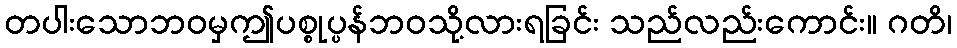
တပါးသောဘဝမှဤပစ္စုပ္ပန်ဘဝသို့လားရခြင်း သည်လည်းကောင်း။ ဂတိ၊